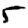
Digit: 5